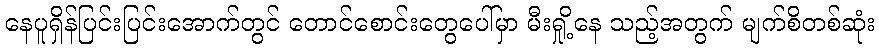
နေပူရှိန်ပြင်းပြင်းအောက်တွင် တောင်စောင်းတွေပေါ်မှာ မီးရှို့နေ သည့်အတွက် မျက်စိတစ်ဆုံး